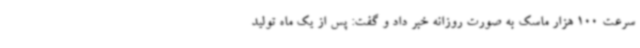
سرعت 100 هزار ماسک به صورت روزانه خبر داد و گفت: پس از یک ماه تولید